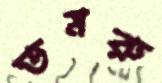
ডমরু